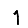
Digit: 1